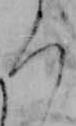
ろ